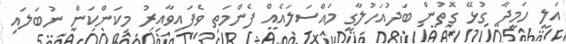
އަލީ ހަމީދާ ގުޅޭ ގޮތުން ބަދުއަހުލާގީ މައްސަލައެއް ފެންމަތި ވެފައިވާއިރު މިކަންކަން ނުބަލައި